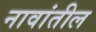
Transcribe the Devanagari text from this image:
नावांतील